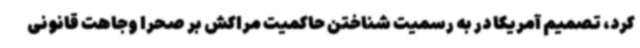
کرد، تصمیم آمریکا در به رسمیت شناختن حاکمیت مراکش بر صحرا وجاهت قانونی